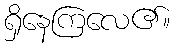
ရှိနေကြလေ၏။